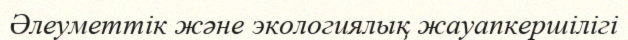
Әлеуметтік және экологиялық жауапкершілігі